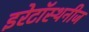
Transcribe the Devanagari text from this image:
इरेटॉस्थनीज